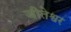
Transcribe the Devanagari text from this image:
जीतेश्वर